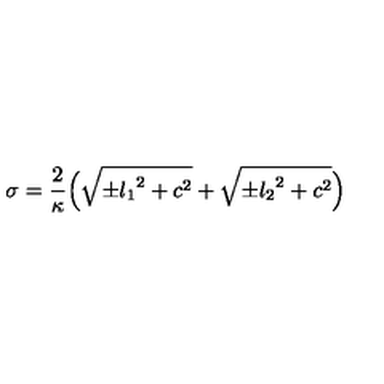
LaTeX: \sigma = \frac { 2 } { \kappa } \Bigl ( { \sqrt { { \pm } { l _ { 1 } } ^ { 2 } + c ^ { 2 } } } + { \sqrt { { \pm } { l _ { 2 } } ^ { 2 } + c ^ { 2 } } } \Bigr )